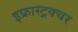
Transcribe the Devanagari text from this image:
इफ्रास्ट्रक्चर